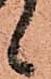
候